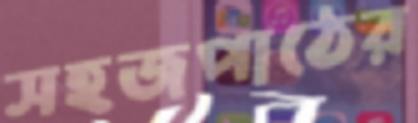
সহজপাঠের